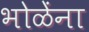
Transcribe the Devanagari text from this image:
भोळेंना